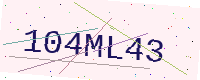
Text: 104ML43